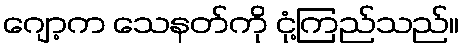
ဂျော့က သေနတ်ကို ငုံ့ကြည်သည်။